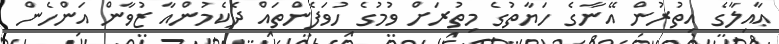
ޢާއިލާގެ އިތުރުން އޭނާގެ ހަޔާތުގެ މިތުރަށް ވުމުގެ ހުވަފެންތައް ދެކެމުންއާ ޒުވާން އަންހެން